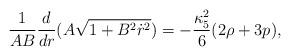
LaTeX: \begin{align*}\frac{1}{AB}\frac{d}{dr}(A\sqrt{1+B^2\dot r^2})=-\frac{\kappa_5^2}{6}(2\rho+3p),\end{align*}